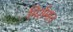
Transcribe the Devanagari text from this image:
गिर्शमान